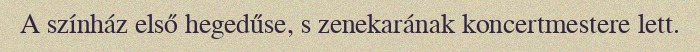
A színház első hegedűse, s zenekarának koncertmestere lett.